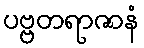
ပဗ္ဗတရာဇာနံ